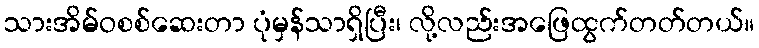
သားအိမ်ဝစစ်ဆေးတာ ပုံမှန်သာရှိပြီး၊ လို့လည်းအဖြေထွက်တတ်တယ်။